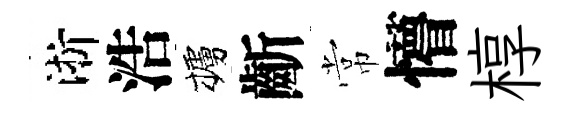
淅浩櫨齗常懵椁